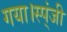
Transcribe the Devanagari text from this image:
गया।स्प्ंजी